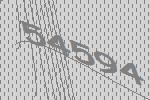
54594